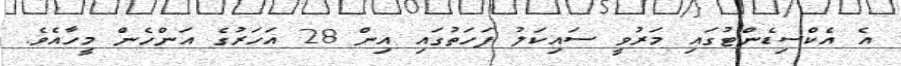
އެ އެކްސިޑެންޓުގައި މަރުވީ ސައިކަލު ފަހަތުގައި އިން 28 އަހަރުގެ އަންހެން މީހާއެވެ.